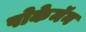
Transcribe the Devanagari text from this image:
पोकेमॅन